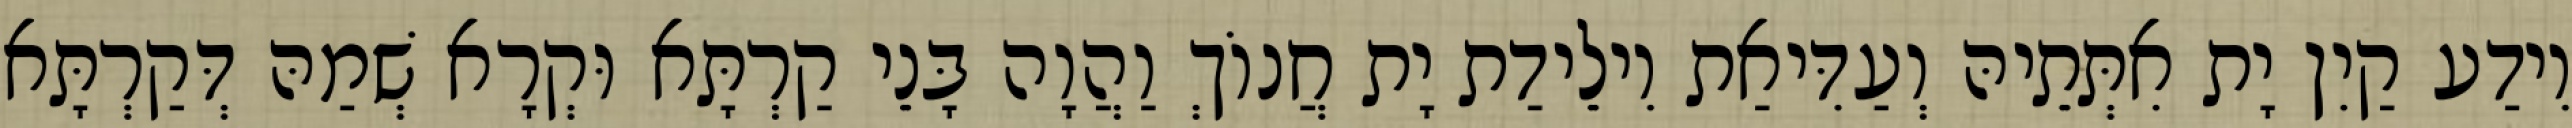
וִידַע קַיִן יָת אִתְּתֵיהּ וְעַדִּיאַת וִילֵידַת יָת חֲנוֹךְ וַהֲוָה בָּנֵי קַרְתָּא וּקְרָא שְׁמַהּ דְּקַרְתָּא